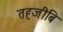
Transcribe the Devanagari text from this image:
तह्जीबि